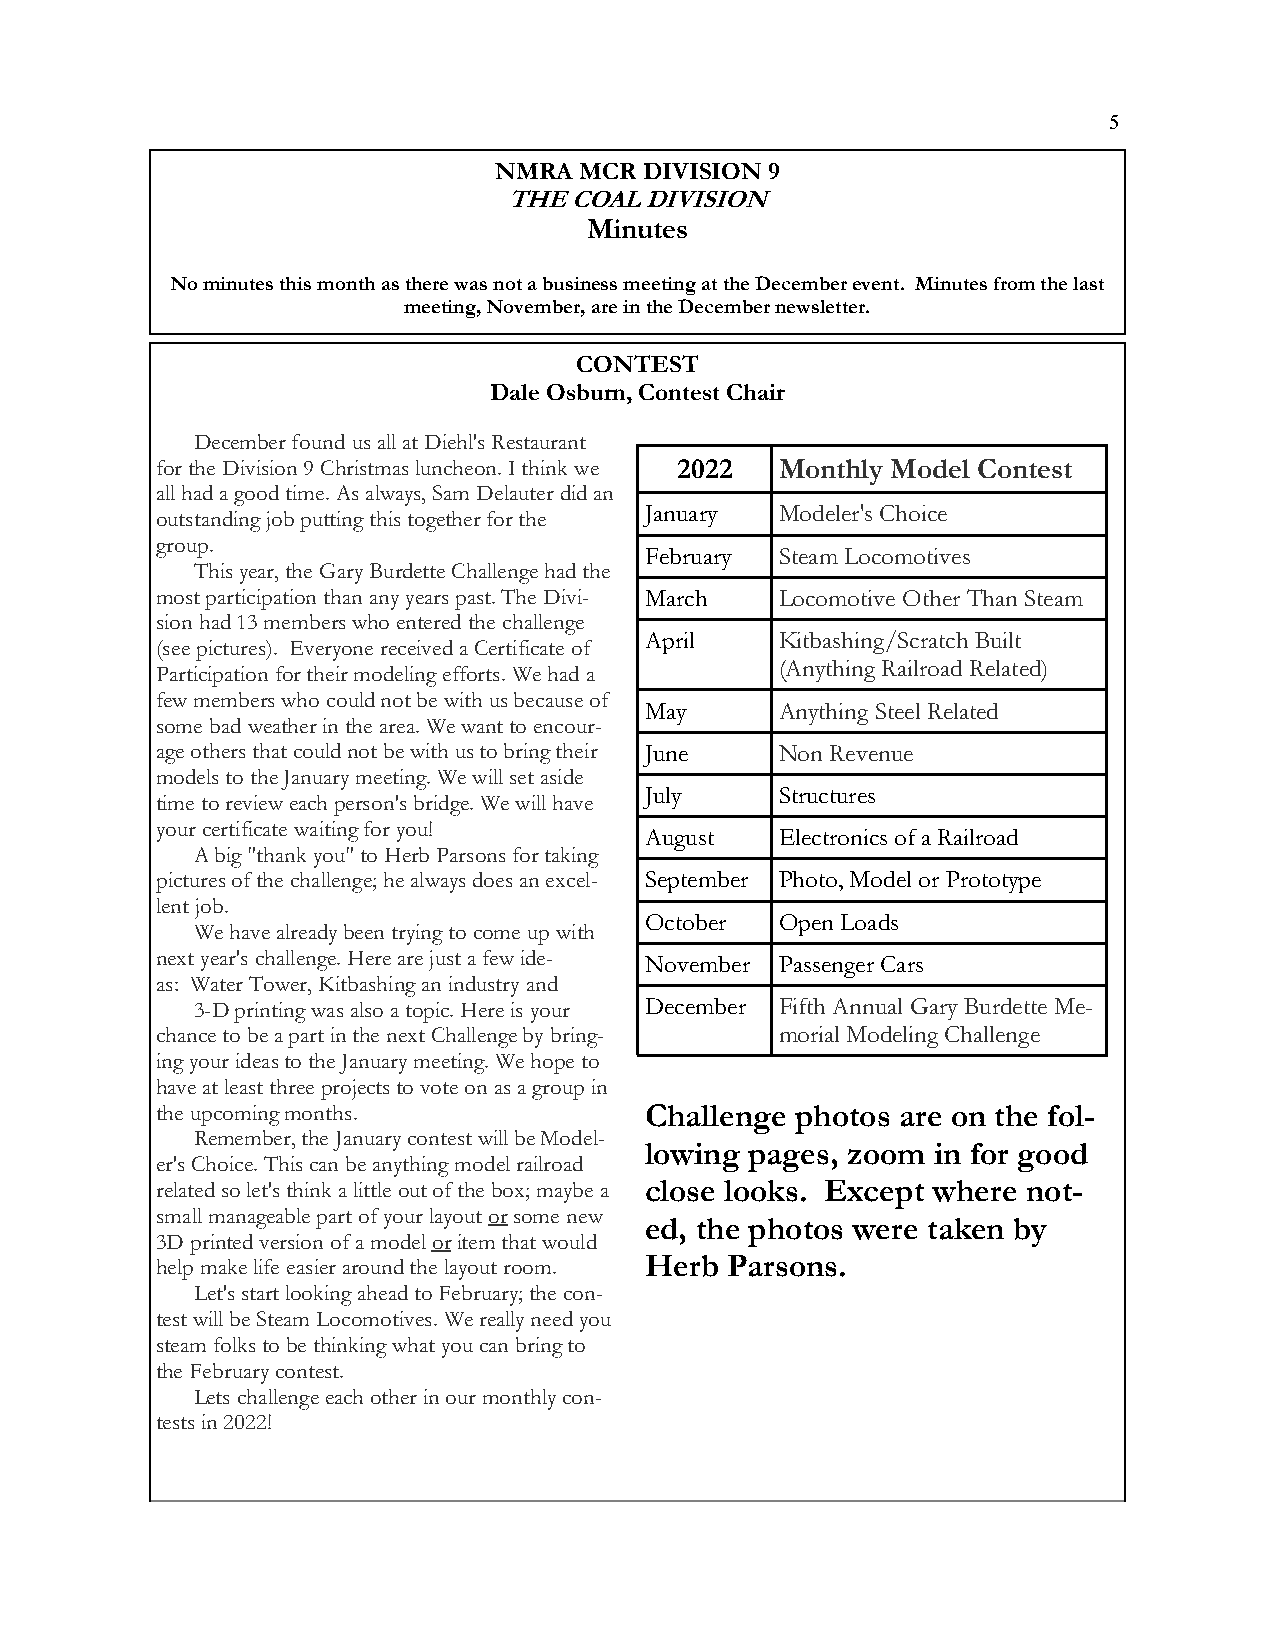
5
 NMRA MCR  DIVISION 9
 THE COAL DIVISION
 Minutes
 No minutes this month as there was not a business meeting at the December event. Minutes from the last
 meeting, November, are in the December newsletter.
 CONTEST
 Dale Osburn, Contest Chair
 December found us all at Diehl's Restaurant
 for the Division 9 Christmas luncheon. I think we 2022 Monthly Model Contest
 all had a good time. As always, Sam Delauter did an
 January  Modeler's Choice
 outstanding job putting this together for the
 group.
 February Steam Locomotives
 This year, the Gary Burdette Challenge had the
 most participation than any years past. The Divi- March Locomotive Other Than Steam
 sion had 13 members who entered the challenge
 April    Kitbashing/Scratch Built
 (see pictures). Everyone received a Certificate of
 (Anything Railroad Related)
 Participation for their modeling efforts. We had a
 few members who could not be with us because of
 May      Anything Steel Related
 some bad weather in the area. We want to encour-
 age others that could not be with us to bring their June Non Revenue
 models to the January meeting. We will set aside
 July     Structures
 time to review each person's bridge. We will have
 your certificate waiting for you!
 August   Electronics of a Railroad
 A big "thank you" to Herb Parsons for taking
 pictures of the challenge; he always does an excel- September Photo, Model or Prototype
 lent job.
 October  Open Loads
 We have already been trying to come up with
 next year's challenge. Here are just a few ide- November Passenger Cars
 as: Water Tower, Kitbashing an industry and
 3-D printing was also a topic. Here is your December Fifth Annual Gary Burdette Me-
 chance to be a part in the next Challenge by bring- morial Modeling Challenge
 ing your ideas to the January meeting. We hope to
 have at least three projects to vote on as a group in
 the upcoming months.             Challenge photos are on the fol-
 Remember, the January contest will be Model-
 lowing pages, zoom in for good
 er's Choice. This can be anything model railroad
 related so let's think a little out of the box; maybe a close looks. Except where not-
 small manageable part of your layout or some new
 ed, the photos were taken by
 3D printed version of a model or item that would
 help make life easier around the layout room. Herb Parsons.
 Let's start looking ahead to February; the con-
 test will be Steam Locomotives. We really need you
 steam folks to be thinking what you can bring to
 the February contest.
 Lets challenge each other in our monthly con-
 tests in 2022!